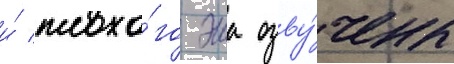
и́ плохо́го эша озву́чены